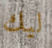
ليك